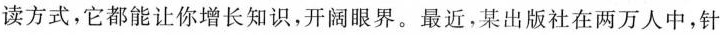
读方式，它都能让你增长知识，开阔眼界。最近，某出版社在两万人中，针